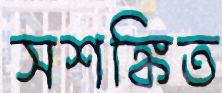
সশঙ্কিত